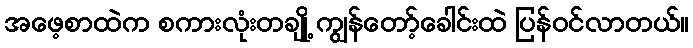
အဖေ့စာထဲက စကားလုံးတချို့ ကျွန်တော့်ခေါင်းထဲ ပြန်ဝင်လာတယ်။